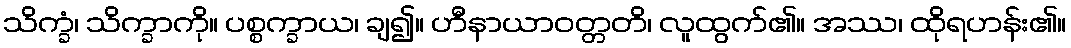
သိက္ခံ၊ သိက္ခာကို။ ပစ္စက္ခာယ၊ ချ၍။ ဟီနာယာဝတ္တတိ၊ လူထွက်၏။ အဿ၊ ထိုရဟန်း၏။